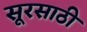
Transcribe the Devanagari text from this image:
सूरसाठी